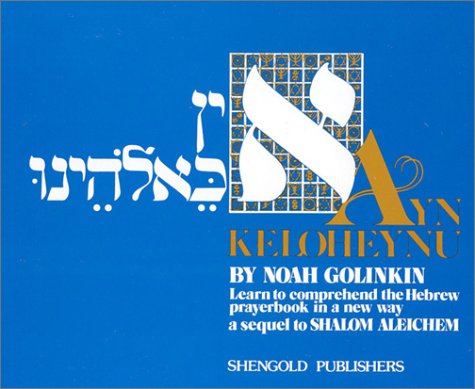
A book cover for Ayn Keloheynu; Noah Golinkin; Religion & Spirituality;